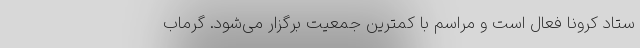
ستاد کرونا فعال است و مراسم‌ با کمترین جمعیت برگزار می‌شود. گرماب